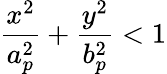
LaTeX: \frac{x^{2}}{a_{p}^{2}}+\frac{y^{2}}{b_{p}^{2}}<1